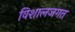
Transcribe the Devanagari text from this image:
विशालजगत